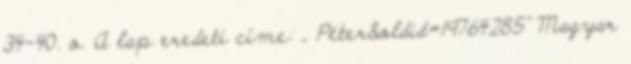
34–40. o. A lap eredeti címe: „ Péter&oldid=19764285” Magyar